Indian journal of veterinary science and animal husbandry - Volumes 15-17, 1948-1951
Year: 1948
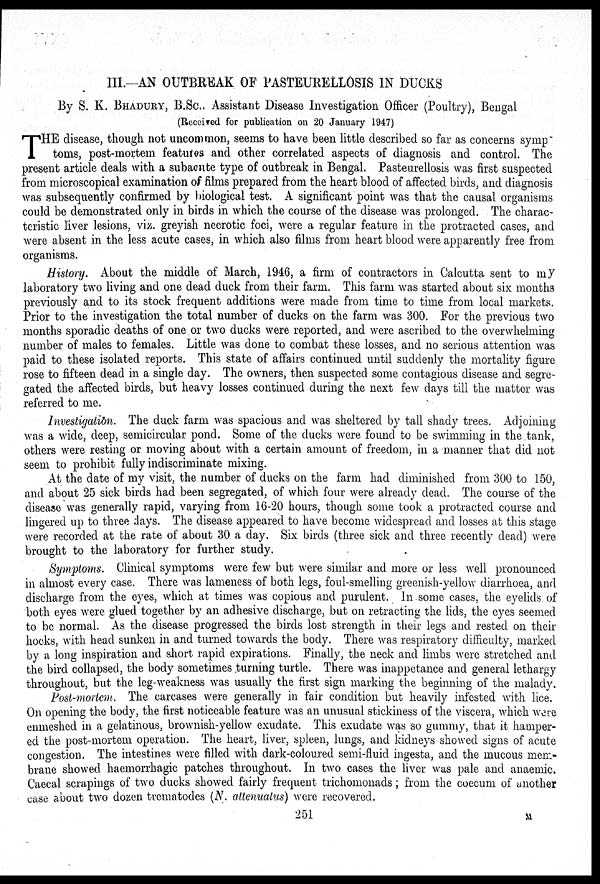
III.-AN OUTBREAK OF PASTEURELLOSIS IN DUCKS
By S. K. BHADURY, B.Sc., Assistant Disease Investigation Officer (Poultry), Bengal
(Received for publication on 20 January 1947)
T HE disease, though not uncommon, seems to have been little described so far as concerns symp
toms, post-mortem features and other correlated aspects of diagnosis and control. The
present article deals with a subacute type of outbreak in Bengal. Pasteurellosis was first suspected
from microscopical examination of films prepared from the heart blood of affected birds, and diagnosis
was subsequently confirmed by biological test. A significant point was that the causal organisms
could be demonstrated only in birds in which the course of the disease was prolonged. The charac-
teristic liver lesions, viz. greyish necrotic foci, were a regular feature in the protracted cases, and
were absent in the less acute cases, in which also films from heart blood were apparently free from
organisms.
History. About the middle of March, 1946, a firm of contractors in Calcutta sent to my
laboratory two living and one dead duck from their farm. This farm was started about six months
previously and to its stock frequent additions were made from time to time from local markets.
Prior to the investigation the total number of ducks on the farm was 300. For the previous two
months sporadic deaths of one or two ducks were reported, and were ascribed to the overwhelming
number of males to females. Little was done to combat these losses, and no serious attention was
paid to these isolated reports. This state of affairs continued until suddenly the mortality figure
rose to fifteen dead in a single day. The owners, then suspected some contagious disease and segre-
gated the affected birds, but heavy losses continued during the next few days till the matter was
referred to me.
Investigation. The duck farm was spacious and was sheltered by tall shady trees. Adjoining
was a wide, deep, semicircular pond. Some of the ducks were found to be swimming in the tank,
others were resting or moving about with a certain amount of freedom, in a manner that did not
seem to prohibit fully indiscriminate mixing.
At the date of my visit, the number of ducks on the farm had diminished from 300 to 150,
and about 25 sick birds had been segregated, of which four were already dead. The course of the
disease was generally rapid, varying from 16-20 hours, though some took a protracted course and
lingered up to three days. The disease appeared to have become widespread and losses at this stage
were recorded at the rate of about 30 a day. Six birds (three sick and three recently dead) were
brought to the laboratory for further study.
Symptoms. Clinical symptoms were few but were similar and more or less well pronounced
in almost every case. There was lameness of both legs, foul-smelling greenish-yellow diarrhoea, and
discharge from the eyes, which at times was copious and purulent. In some cases, the eyelids of
both eyes were glued together by an adhesive discharge, but on retracting the lids, the eyes seemed
to be normal. As the disease progressed the birds lost strength in their legs and rested on their
hocks, with head sunken in and turned towards the body. There was respiratory difficulty, marked
by a long inspiration and short rapid expirations. Finally, the neck and limbs were stretched and
the bird collapsed, the body sometimes turning turtle. There was inappetance and general lethargy
throughout, but the leg-weakness was usually the first sign marking the beginning of the malady.
Post-mortem. The carcases were generally in fair condition but heavily infested with lice.
On opening the body, the first noticeable feature was an unusual stickiness of the viscera, which were
enmeshed in a gelatinous, brownish-yellow exudate. This exudate was so gummy, that it hamper-
ed the post-mortem operation. The heart, liver, spleen, lungs, and kidneys showed signs of acute
congestion. The intestines were filled with dark-coloured semi-fluid ingesta, and the mucous mem-
brane showed haemorrhagic patches throughout. In two cases the liver was pale and anaemic.
Caecal scrapings of two ducks showed fairly frequent trichomonads; from the coecum of another
case about two dozen trematodes (N. attenuatus) were recovered.
251
M